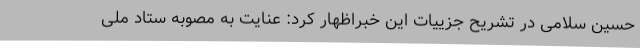
حسین سلامی در تشریح جزییات این خبراظهار کرد: عنایت به مصوبه ستاد ملی